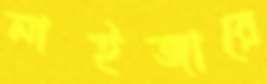
নাইজারে